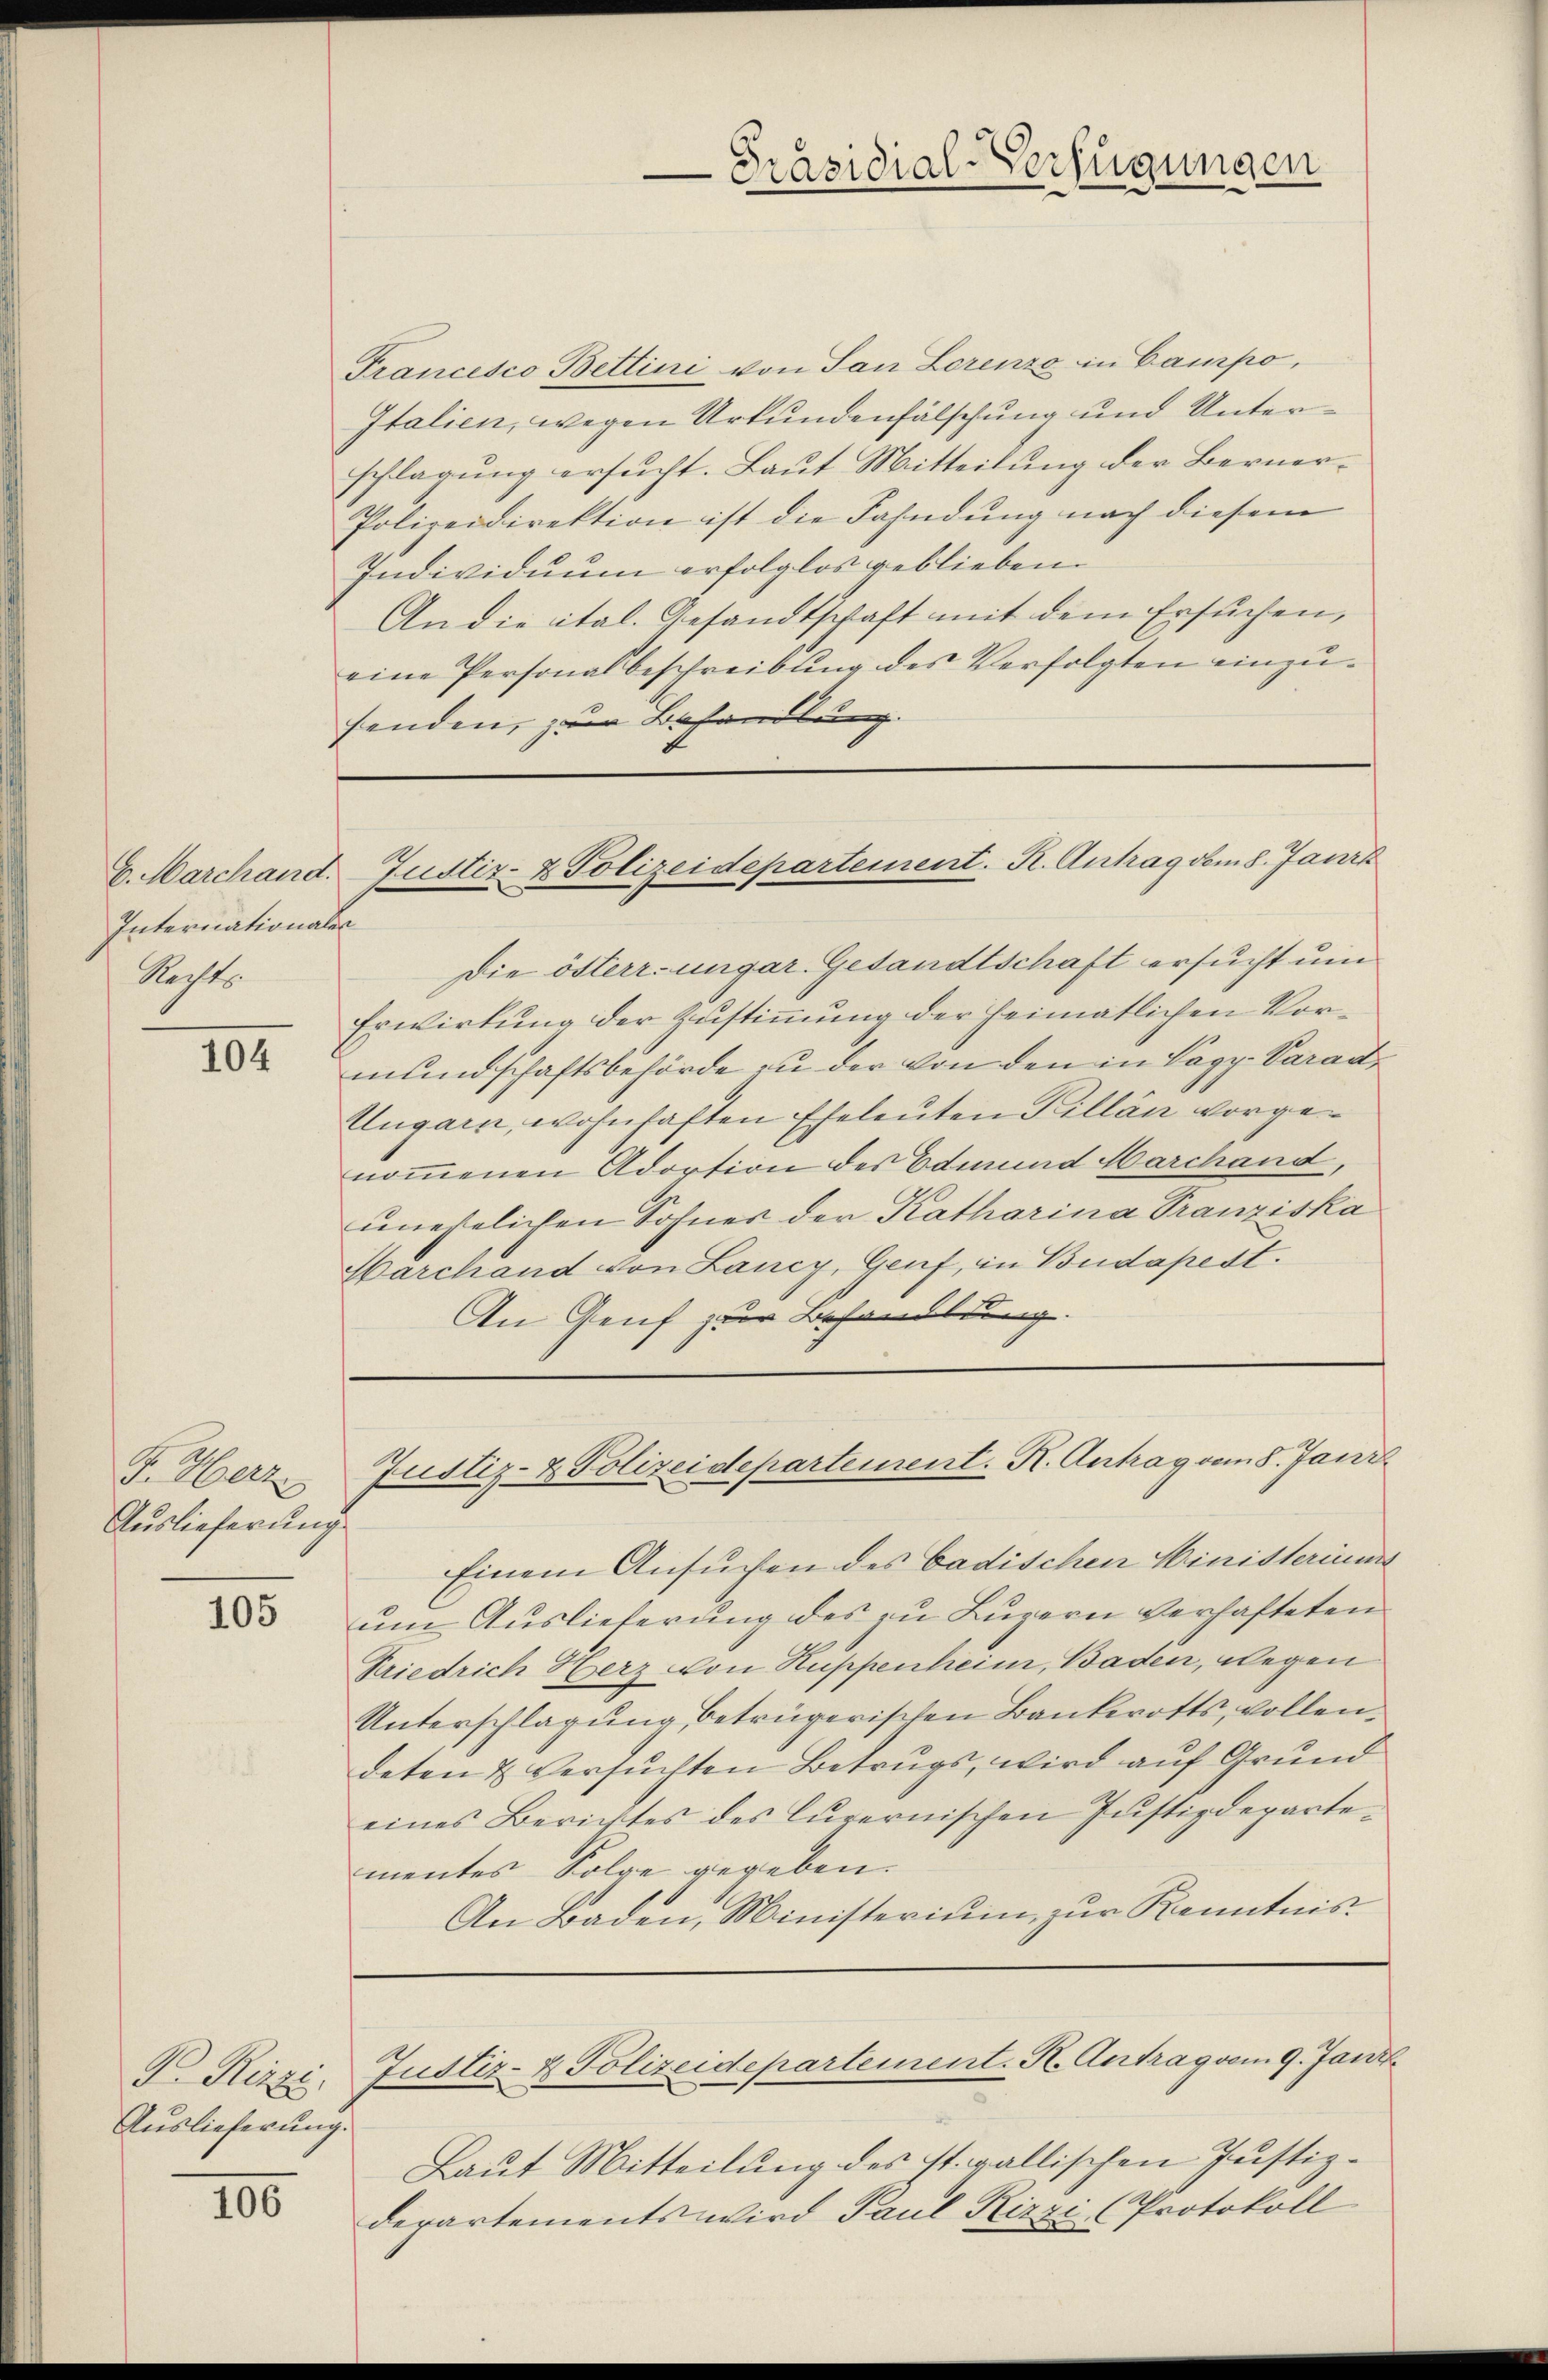
International
Nachte

104

F. Herz
Auslieferung

105

B. Ritzi.
Auslieferung.

100

Präsidial-Verfügungen

Francesco Bettini von San Lorenzo in Campo,
Italien, wegen Urkundenfälschung und Unterschlagung ersucht. Laut Mitteilung der Berner¬
Polizeidirektion ist die Fahndung nach diesem
Individuum erfolglos geblieben.
An die ital. Gesandtschaft mit dem Ersuchen,
eine Personalbeschreibung des Verfolgten einzufenden, zur Behandlung.
t

E
Die österr. ungar. Gesandtschaft ersucht um
Erwirkung der Zustimmung der Heimatlichen Vormundschaftsbehörde zu der von den in Pagy-Parad¬
Ungarn, wohnhaften Eheleuten Killan vorgenommenen Adortion des Edmund Marchand,
unehelichen Sohnes der Katharina Tranziska
Harchand von Lancy, Genf, in Budapest.
An Genf zur Behandlung.

G. Marchand. Justiz- & Polizeidepartement. K. Antrag dem 8. Janzk

Justiz- & Polizeidepartement. K. Antrag vom 8. Jani

Einem Ansuchen des badischen Ministerium
um Auslieferung des zu Luzern verhafteten
Priedrich Herz von Huppenheim, Baden, wegen
Unterschlagung betrügerischen Bankerotts, vollen,
deten & versuchten Betrugs, wird auf Grund
eines Berichtes des Curernischen Justizdepartementes Folge gegeben.
An Baden, Ministerium zur Kenntnis.
Justiz- & Polizeidepartement. K. Antrag vom 9. Janz
Laut Mitteilung des ist. gallischen Justizdepartements wird Paul Rizzi (Protokoll